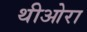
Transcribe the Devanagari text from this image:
थीओरा